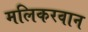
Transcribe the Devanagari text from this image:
मलिकरवान